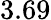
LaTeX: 3.69